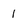
Character: 1